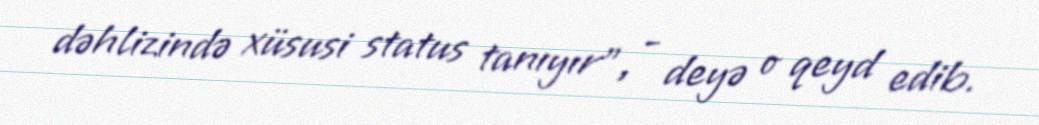
dəhlizində xüsusi status tanıyır”, - deyə o qeyd edib.